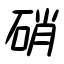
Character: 硝